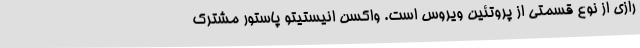
رازی از نوع قسمتی از پروتئین ویروس است. واکسن انیستیتو پاستور مشترک